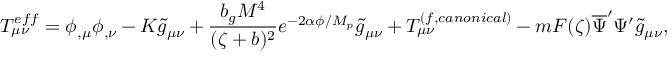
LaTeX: T _ { \mu \nu } ^ { e f f } = \phi _ { , \mu } \phi _ { , \nu } - K \tilde { g } _ { \mu \nu } + \frac { b _ { g } M ^ { 4 } } { ( \zeta + b ) ^ { 2 } } e ^ { - 2 \alpha \phi / M _ { p } } \tilde { g } _ { \mu \nu } + T _ { \mu \nu } ^ { ( f , c a n o n i c a l ) } - m F ( \zeta ) \overline { { { \Psi } } } ^ { \prime } \Psi ^ { \prime } \tilde { g } _ { \mu \nu } ,